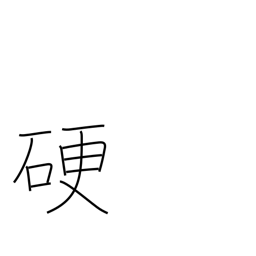
Meaning: hard